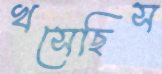
খসেছিস